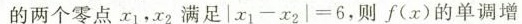
的两个零点$$x _ { 1 } ， x _ { 2 }$$满足$$\left | x _ { 1 } - x _ { 2 } \right | =6$$ ,则f(x)的单调增